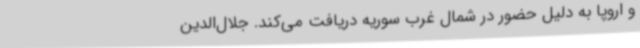
و اروپا به دلیل حضور در شمال غرب سوریه دریافت می‌کند. جلال‌الدین